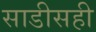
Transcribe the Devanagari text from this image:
साडीसही